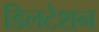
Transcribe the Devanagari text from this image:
डिलटेशन